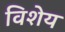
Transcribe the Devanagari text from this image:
विशेय